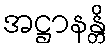
အဋ္ဌာနန္တိ